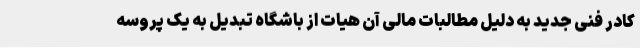
کادر فنی جدید به دلیل مطالبات مالی آن هیات از باشگاه تبدیل به یک پروسه